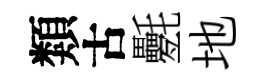
類古氎地